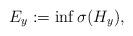
LaTeX: \begin{align*}E_y := \inf \sigma (H_y),\end{align*}